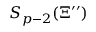
S _ { p - 2 } ( \Xi ^ { \prime \prime } )